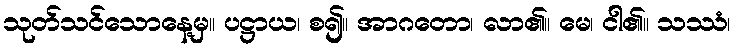
သုတ်သင်သောနေ့မှ။ ပဋ္ဌာယ၊ စ၍။ အာဂတော၊ လာ၏။ မေ၊ ငါ၏။ သဿံ၊